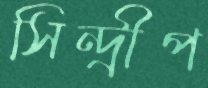
সিন্দ্রীপ